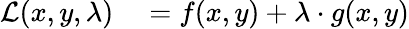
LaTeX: \begin{array}{rl}{{\mathcal{L}}(x,y,\lambda)}&{{}=f(x,y)+\lambda\cdot g(x,y)}\end{array}